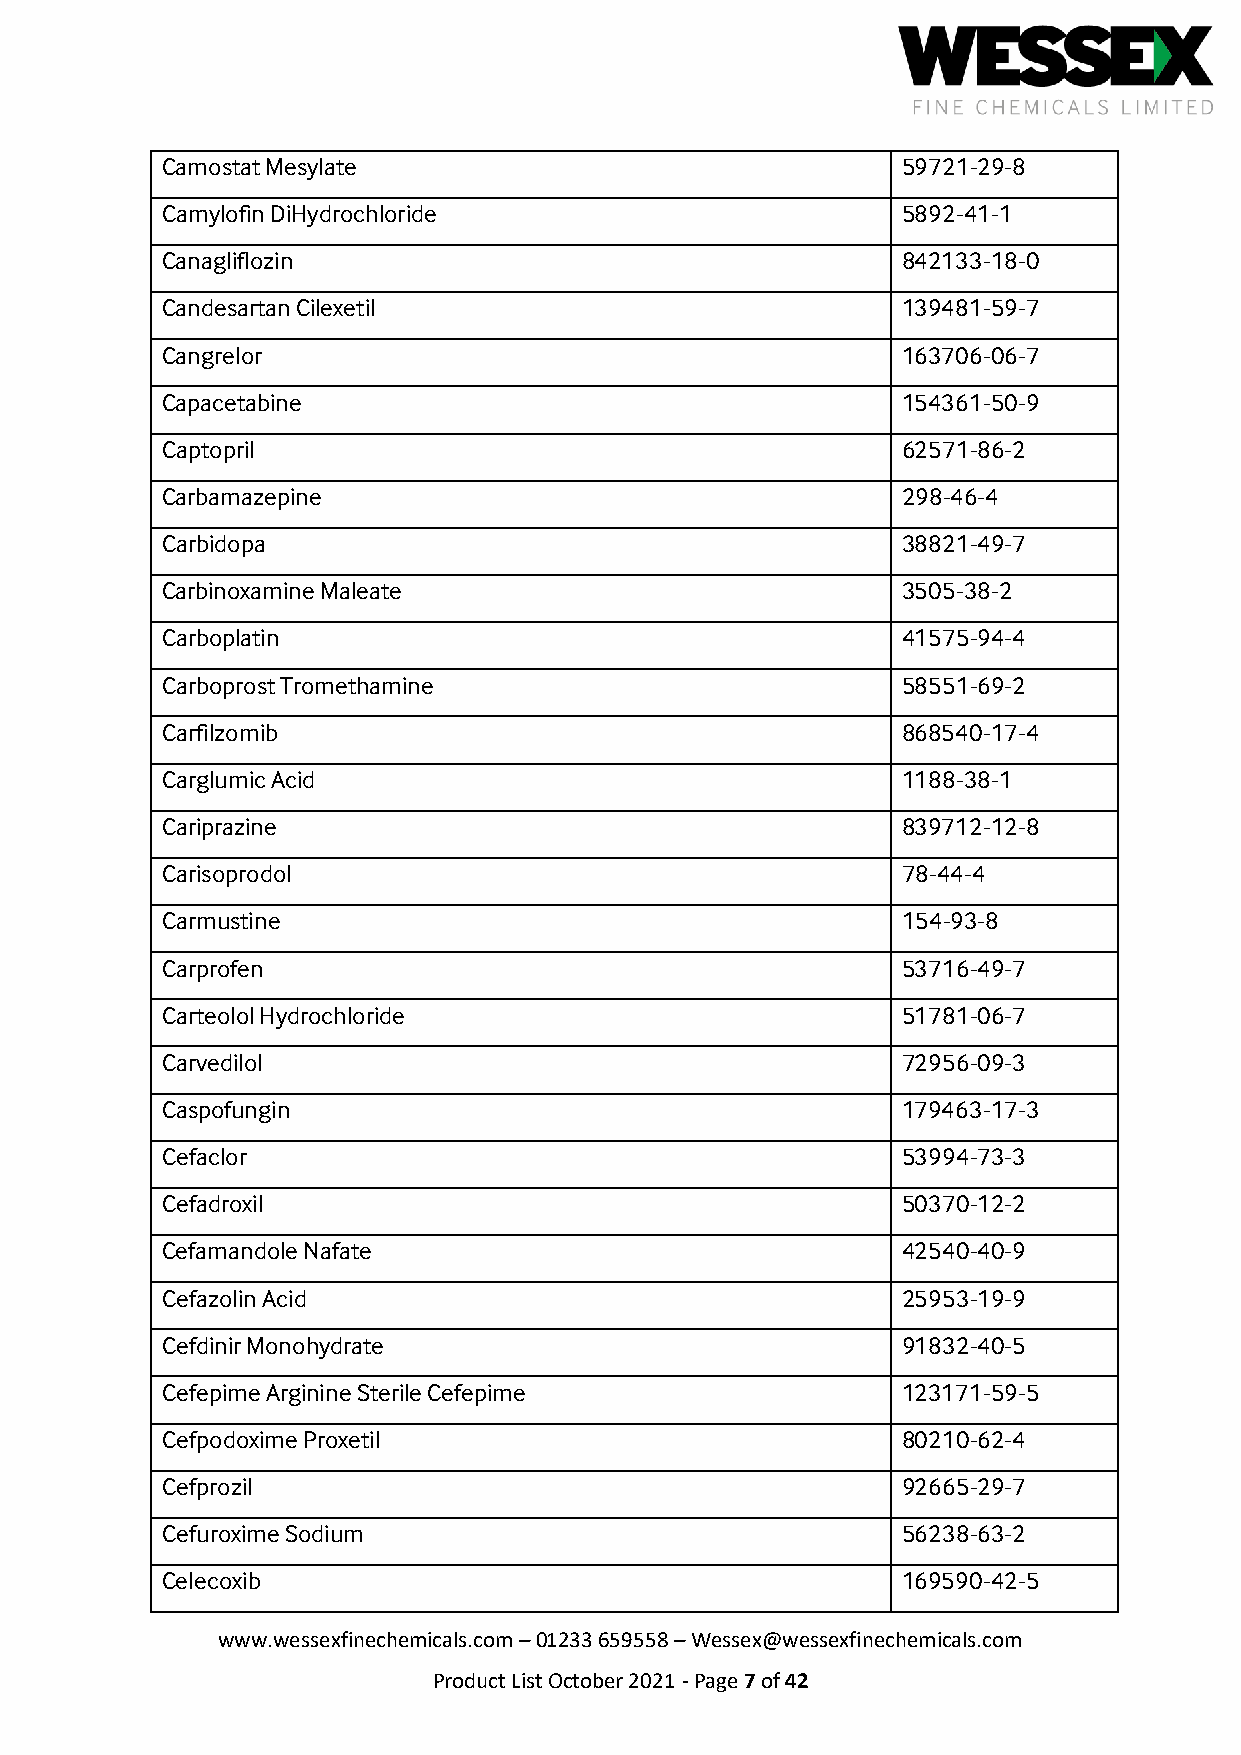
Camostat Mesylate                                59721-29-8
 Camylofin DiHydrochloride                        5892-41-1
 Canagliflozin                                    842133-18-0
 Candesartan Cilexetil                            139481-59-7
 Cangrelor                                        163706-06-7
 Capacetabine                                     154361-50-9
 Captopril                                        62571-86-2
 Carbamazepine                                    298-46-4
 Carbidopa                                        38821-49-7
 Carbinoxamine Maleate                            3505-38-2
 Carboplatin                                      41575-94-4
 Carboprost Tromethamine                          58551-69-2
 Carfilzomib                                      868540-17-4
 Carglumic Acid                                   1188-38-1
 Cariprazine                                      839712-12-8
 Carisoprodol                                     78-44-4
 Carmustine                                       154-93-8
 Carprofen                                        53716-49-7
 Carteolol Hydrochloride                          51781-06-7
 Carvedilol                                       72956-09-3
 Caspofungin                                      179463-17-3
 Cefaclor                                         53994-73-3
 Cefadroxil                                       50370-12-2
 Cefamandole Nafate                               42540-40-9
 Cefazolin Acid                                   25953-19-9
 Cefdinir Monohydrate                             91832-40-5
 Cefepime Arginine Sterile Cefepime               123171-59-5
 Cefpodoxime Proxetil                             80210-62-4
 Cefprozil                                        92665-29-7
 Cefuroxime Sodium                                56238-63-2
 Celecoxib                                        169590-42-5
 www.wessexfinechemicals.com – 01233 659558 – Wessex@wessexfinechemicals.com
 Product List October 2021 - Page 7 of 42